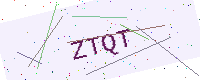
Text: ZTQT